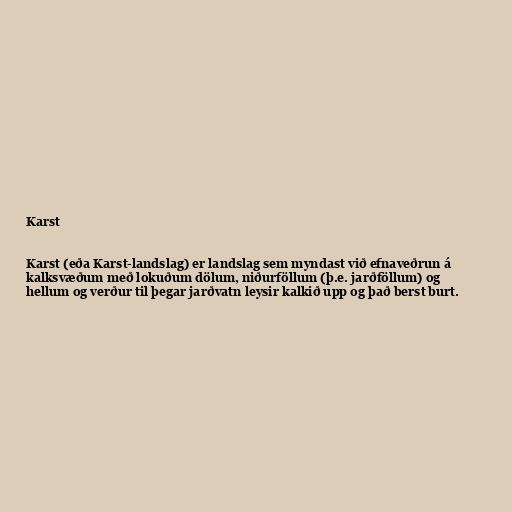
Karst

Karst (eða Karst-landslag) er landslag sem myndast við efnaveðrun á
kalksvæðum með lokuðum dölum, niðurföllum (þ.e. jarðföllum) og
hellum og verður til þegar jarðvatn leysir kalkið upp og það berst burt.